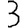
Digit: 3